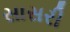
સાસરી